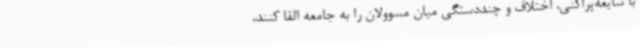
با شایعه‌پراکنی، اختلاف و چنددستگی میان مسوولان را به جامعه القا کنند،